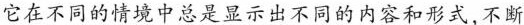
它在不同的情境中总是显示出不同的内容和形式,不断